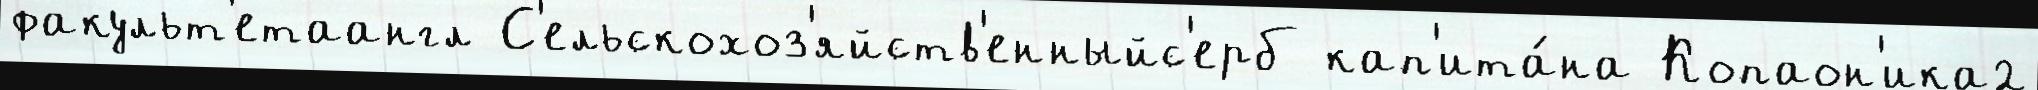
факульт'етаангл С'ельскохоз'яйств'енныйс'ерб кап'ита́на Копаон'ика2